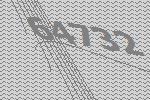
64732